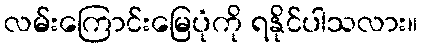
လမ်းကြောင်းမြေပုံကို ရနိုင်ပါသလား။